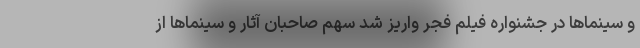
و سینماها در جشنواره فیلم فجر واریز شد سهم صاحبان آثار و سینماها از